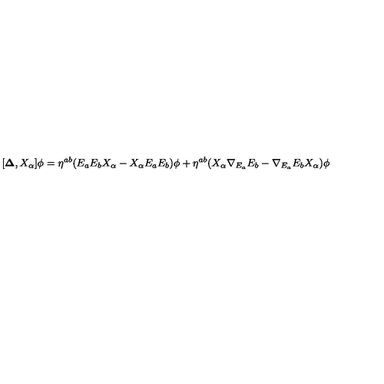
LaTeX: [ { \bf \Delta } , X _ { \alpha } ] \phi = { \eta } ^ { a b } ( E _ { a } E _ { b } X _ { \alpha } - X _ { \alpha } E _ { a } E _ { b } ) \phi + { \eta } ^ { a b } ( X _ { \alpha } { \nabla _ { E _ { a } } } E _ { b } - { \nabla _ { E _ { a } } } E _ { b } X _ { \alpha } ) \phi